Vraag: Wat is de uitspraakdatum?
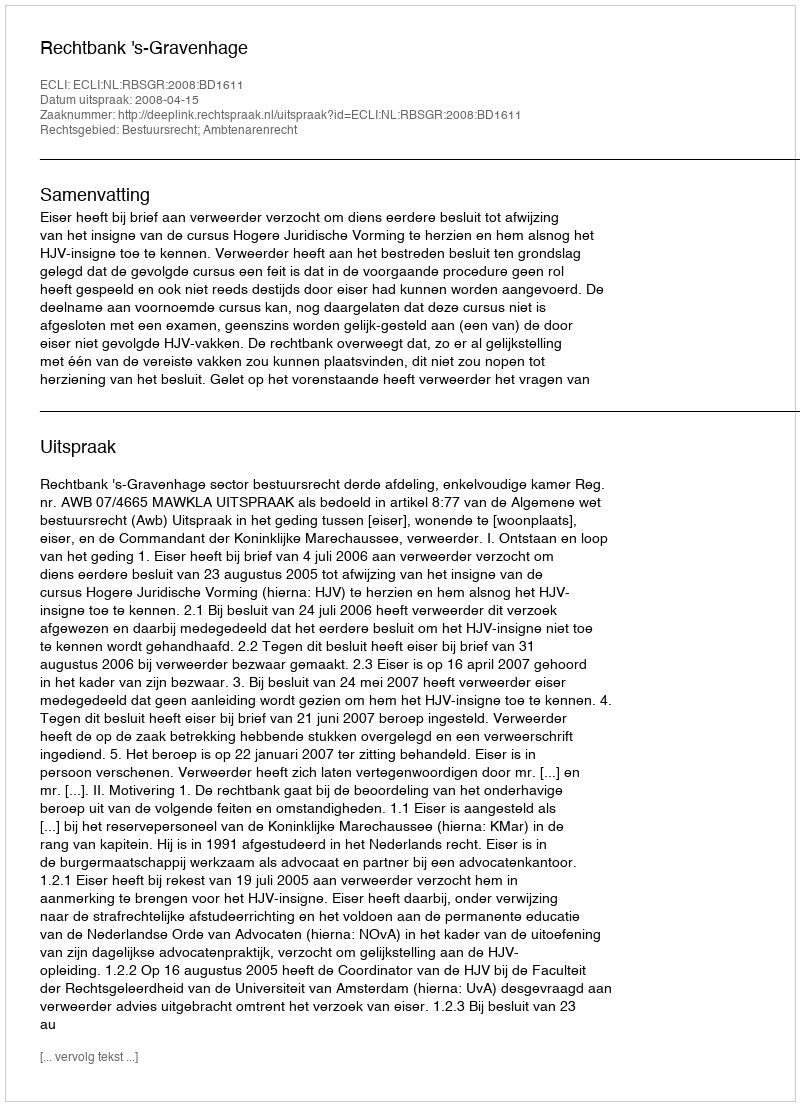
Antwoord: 2008-04-15